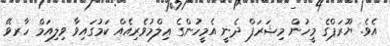
އެވެ. ޔޫރަޕްގެ މީހުން މިޝަރަފް ދެނީ އެމީހުންގެ ޢިލްމުވެރިއެއް ކަމުގައިވާ ވިލިއަމް ހާރވޭ